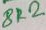
Text: 8K2